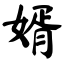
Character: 婿